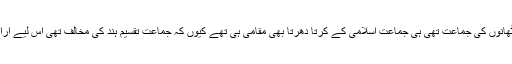
چونکہ عوامی نیشنل پارٹی تو مقامی پٹھانوں کی جماعت تھی ہی جماعت اسلامی کے کرتا دھرتا بھی مقامی ہی تھے کیوں کہ جماعت تقسیم ہند کی مخالف تھی اس لیے اراکین جماعت نے کم ہی ہجرت کی تھی۔